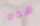
هذه